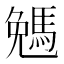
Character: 𠓄